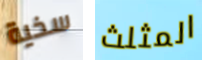
سخية المثلث